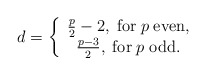
\begin{align*}d=\left\{ \begin{array}{c}\frac p2-2,\; {\rm for}\;p\;{\rm even}, \\ \frac{p-3}2,\;{\rm for}\;p\;{\rm odd}. \end{array}\right.\end{align*}